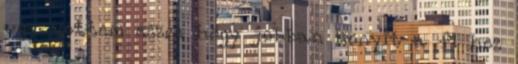
ugy vettem eszre hogy jobban konyit a f1 hez